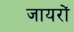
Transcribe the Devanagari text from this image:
जायरों